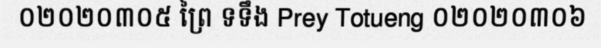
០២០២០៣០៥ ព្រៃ ទទឹង Prey Totueng ០២០២០៣០៦